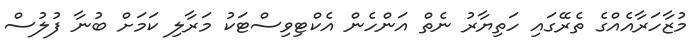
މުޒާހަރާއެއްގެ ތެރޭގައި ހަތިޔާރު ނެތް އަންހެން އެކްޓިވިސްޓަކު މަރާލި ކަމަށް ބުނާ ފުލުސް